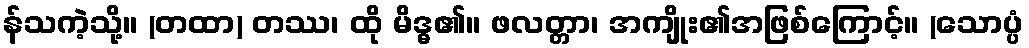
န်သကဲ့သို့။ (တထာ) တဿ၊ ထို မိဒ္ဓ၏။ ဖလတ္တာ၊ အကျိုး၏အဖြစ်ကြောင့်။ (သောပ္ပံ